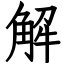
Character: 解